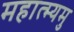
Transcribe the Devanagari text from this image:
महात्म्यमु